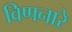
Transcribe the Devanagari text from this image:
विणनारे